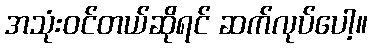
အသုံးဝင်တယ်ဆိုရင် ဆက်လုပ်ပေါ့။